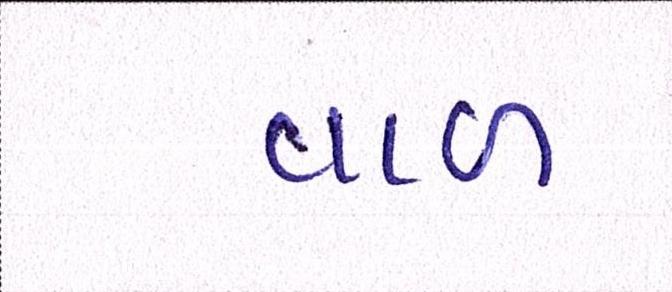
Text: વાળ